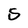
Character: 5